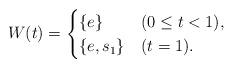
LaTeX: \begin{align*}W(t) = \begin{cases} \{ e \} & (0 \leq t < 1), \\ \{ e, s_1 \} & (t = 1). \end{cases}\end{align*}